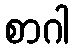
စာဂါ